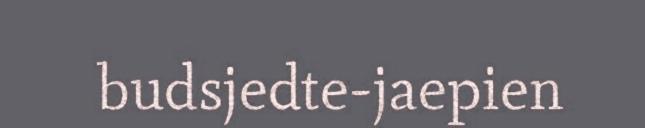
budsjedte-jaepien